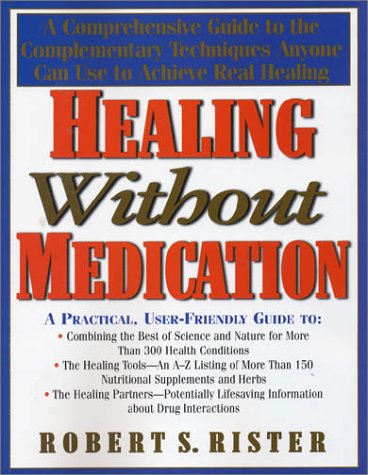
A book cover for Healing Without Medication: A Comprehensive Guide to the Complementary Techniques Anyone Can Use to Achieve Real Healing; Robert S. Rister; Health, Fitness & Dieting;